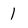
Character: 1